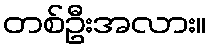
တစ်ဦးအလား။